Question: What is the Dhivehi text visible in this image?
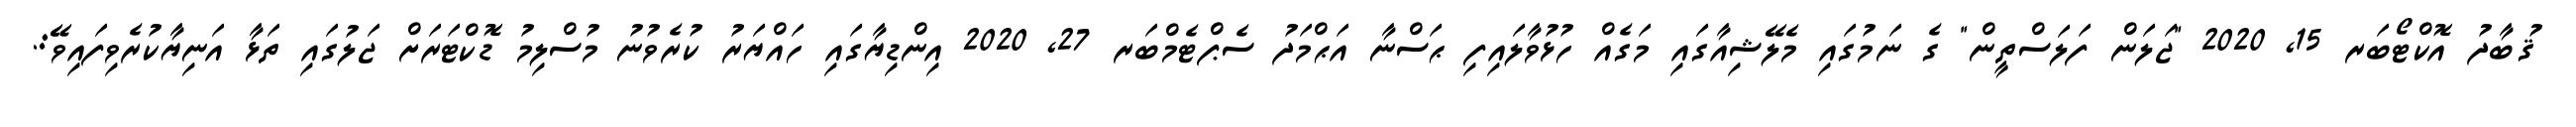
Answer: ޤުބާދު އޮކްޓޯބަރ 15, 2020 "ޖަލަން ފަލަސްތީން" ގެ ނަމުގައި މެލޭޝިއާގައި މަގެއް ހުޅުވާލައިފި ޙަސްނާ އަޙްމަދު ސެޕްޓެމްބަރ 27, 2020 އިންޑިޔާގައި ހައްޔަރު ކުރެވުނު މުސްލިމު ޑޮކްޓަރަށް ޖަލުގައި ތަޅާ އަނިޔާކުރެވިފައިވޭ:.